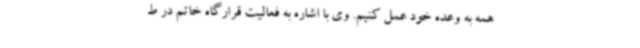
همه به وعده خود عمل کنیم. وی با اشاره به فعالیت قرارگاه خاتم در ط